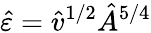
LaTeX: \hat{\varepsilon}=\hat{v}^{1/2}\hat{A}^{5/4}